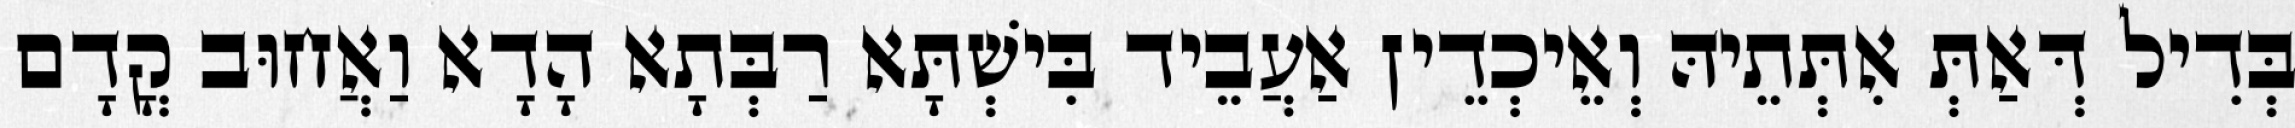
בְּדִיל דְּאַתְּ אִתְּתֵיהּ וְאֵיכְדֵין אַעֲבֵיד בִּישְׁתָּא רַבְּתָא הָדָא וַאֲחוּב קֳדָם